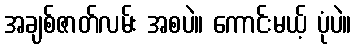
အချစ်ဇာတ်လမ်း အစပဲ။ ကောင်းမယ့် ပုံပဲ။